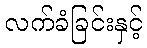
လက်ခံခြင်းနှင့်